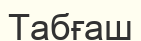
Табғаш